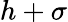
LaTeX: h+\sigma